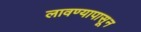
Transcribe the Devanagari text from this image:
लावण्यापासून